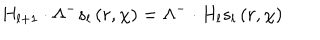
H _ { l + 1 } \cdot \Lambda ^ { - } s _ { l } \left( r , \chi \right) = \Lambda ^ { - } \cdot H _ { l } s _ { l } \left( r , \chi \right)